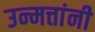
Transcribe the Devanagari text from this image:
उन्मत्तांनी